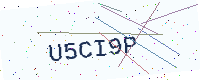
Text: U5CI9P